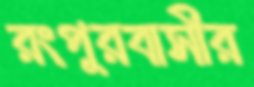
রংপুরবাসীর